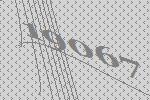
19067